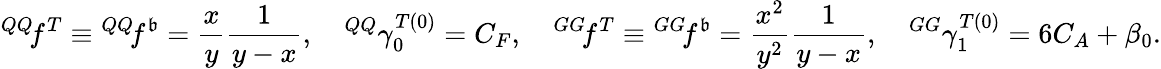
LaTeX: {^{QQ}\! f^{T}}\equiv{^{QQ}\! f^{\mathfrak{b}}}=\frac{{x}}{{y}}\frac{{1}}{{y-x}},\quad{^{QQ}\gamma_{0}^{T(0)}}=C_{F},\quad{^{GG}\! f^{T}}\equiv{^{GG}\! f^{\mathfrak{b}}}=\frac{{x^{2}}}{{y^{2}}}\frac{{1}}{{y-x}},\quad{^{GG}\gamma_{1}^{T(0)}}=6C_{A}+\beta_{0}.